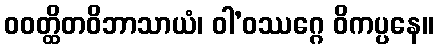
ဝဝတ္ထိတဝိဘာသာယံ၊ ဝါ’ဝဿဂ္ဂေ ဝိကပ္ပနေ။